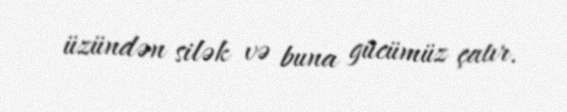
üzündən silək və buna gücümüz çatır.